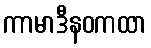
ကာမာဒီနဝကထာ